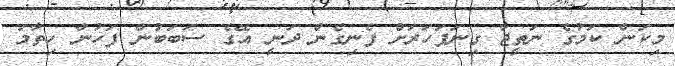
މިކަން ކަމުގެ ނަތީޖާ ގިނަފަހަރަށް ފެނިގެން ދަނީ އޭގެ ސަބަބުން ފަހުން ހިތާމަ